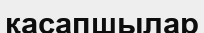
қасапшылар